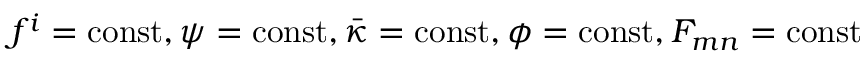
f ^ { i } = \mathrm { c o n s t } , \psi = \mathrm { c o n s t } , \bar { \kappa } = \mathrm { c o n s t } , \phi = \mathrm { c o n s t } , F _ { m n } = \mathrm { c o n s t }